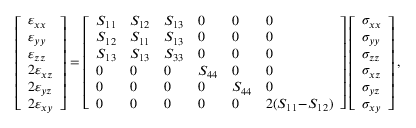
\left[ \begin{array} { l } { \varepsilon _ { x x } } \\ { \varepsilon _ { y y } } \\ { \varepsilon _ { z z } } \\ { 2 \varepsilon _ { x z } } \\ { 2 \varepsilon _ { y z } } \\ { 2 \varepsilon _ { x y } } \end{array} \right] = \left[ \begin{array} { l l l l l l } { S _ { 1 1 } } & { S _ { 1 2 } } & { S _ { 1 3 } } & { 0 } & { 0 } & { 0 } \\ { S _ { 1 2 } } & { S _ { 1 1 } } & { S _ { 1 3 } } & { 0 } & { 0 } & { 0 } \\ { S _ { 1 3 } } & { S _ { 1 3 } } & { S _ { 3 3 } } & { 0 } & { 0 } & { 0 } \\ { 0 } & { 0 } & { 0 } & { S _ { 4 4 } } & { 0 } & { 0 } \\ { 0 } & { 0 } & { 0 } & { 0 } & { S _ { 4 4 } } & { 0 } \\ { 0 } & { 0 } & { 0 } & { 0 } & { 0 } & { 2 ( S _ { 1 1 } \! - \! S _ { 1 2 } ) } \end{array} \right] \left[ \begin{array} { l } { \sigma _ { x x } } \\ { \sigma _ { y y } } \\ { \sigma _ { z z } } \\ { \sigma _ { x z } } \\ { \sigma _ { y z } } \\ { \sigma _ { x y } } \end{array} \right] ,